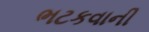
ભટકવાની